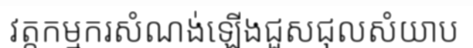
វត្តកម្មករសំណង់ឡើងជួសជុលសំយាប